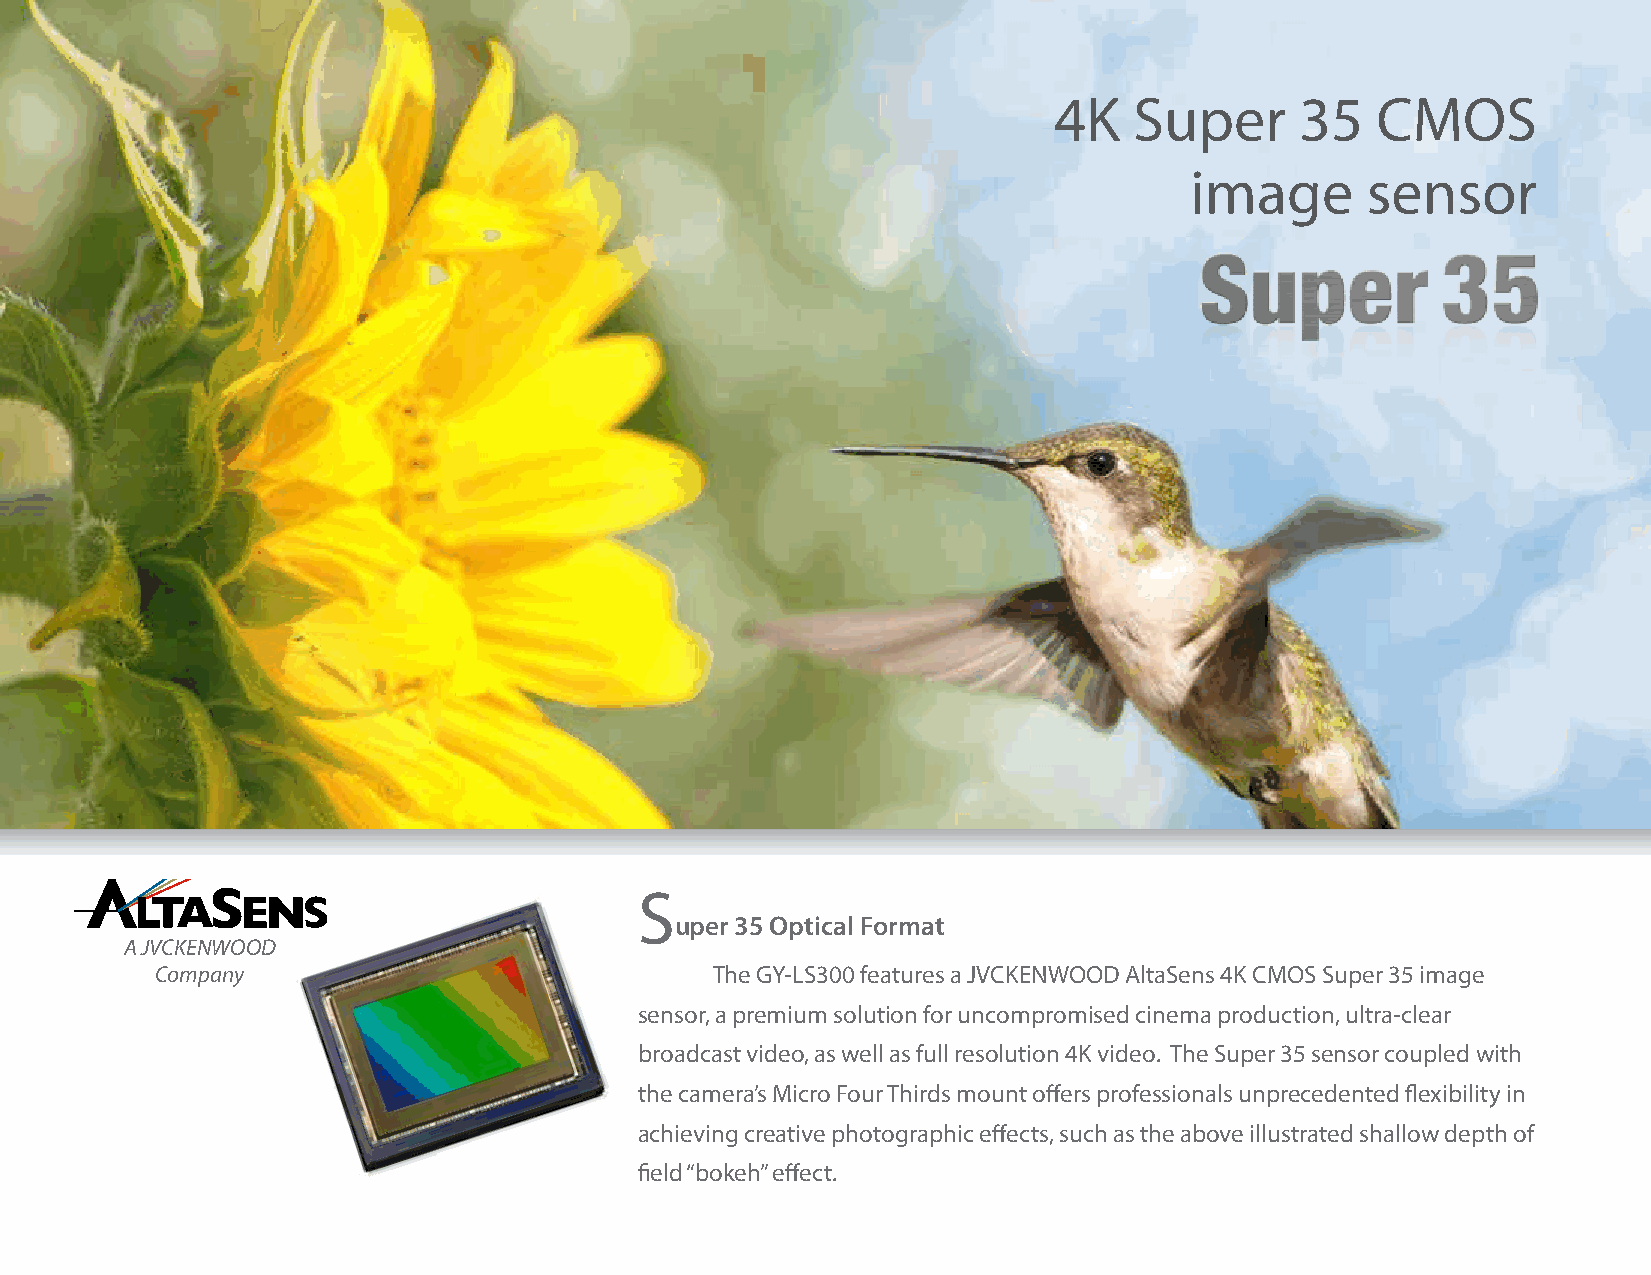
4K   Super      35   CMOS
 image      sensor
 S
 uper 35 Optical Format
 A JVCKENWOOD
 Company                              The GY-LS300 features a JVCKENWOOD AltaSens 4K CMOS Super 35 image
 sensor, a premium solution for uncompromised cinema production, ultra-clear
 broadcast video, as well as full resolution 4K video. The Super 35 sensor coupled with
 the camera’s Micro Four Thirds mount offers professionals unprecedented flexibility in
 achieving creative photographic effects, such as the above illustrated shallow depth of
 field “bokeh” effect.